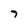
Character: 7